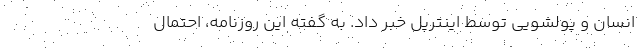
انسان و پولشویی توسط اینترپل خبر داد. به گفته این روزنامه، احتمال